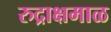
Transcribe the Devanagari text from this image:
रुद्राक्षमाळ